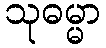
သုဓမ္မာ